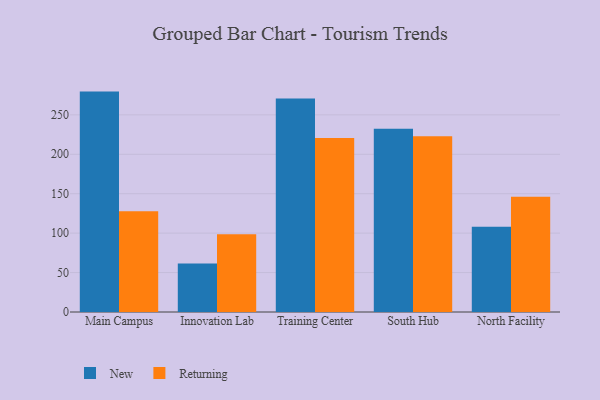
{"axis": {"x": "Campus", "y": "Revenue (USD Million)"}, "legend": ["New", "Returning"], "data": [{"x": "Main Campus", "y": 279.5, "type": "New"}, {"x": "Main Campus", "y": 127.8, "type": "Returning"}, {"x": "Innovation Lab", "y": 61.4, "type": "New"}, {"x": "Innovation Lab", "y": 98.6, "type": "Returning"}, {"x": "Training Center", "y": 270.7, "type": "New"}, {"x": "Training Center", "y": 220.5, "type": "Returning"}, {"x": "South Hub", "y": 232.4, "type": "New"}, {"x": "South Hub", "y": 222.9, "type": "Returning"}, {"x": "North Facility", "y": 108.0, "type": "New"}, {"x": "North Facility", "y": 146.2, "type": "Returning"}]}